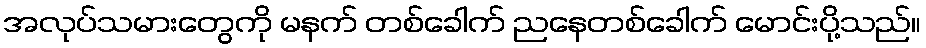
အလုပ်သမားတွေကို မနက် တစ်ခေါက် ညနေတစ်ခေါက် မောင်းပို့သည်။